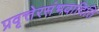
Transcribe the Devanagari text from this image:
प्रवृत्तेरसंभवादिति